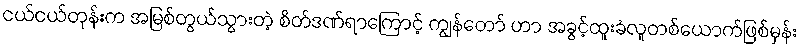
ငယ်ငယ်တုန်းက အမြစ်တွယ်သွားတဲ့ စိတ်ဒဏ်ရာကြောင့် ကျွန်တော် ဟာ အခွင့်ထူးခံလူတစ်ယောက်ဖြစ်မှန်း